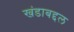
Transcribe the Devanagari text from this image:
खंडाबद्दल